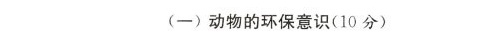
(一)动物的环保意识(10分)